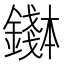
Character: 𬬌